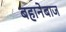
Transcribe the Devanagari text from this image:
बहानेबाज